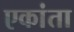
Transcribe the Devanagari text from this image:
एकांता